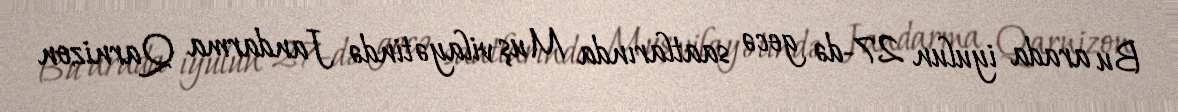
Bu arada iyulun 27-də gecə saatlarında Muş vilayətində Jandarma Qarnizon